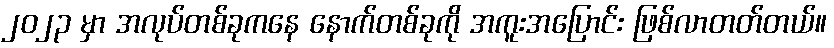
၂၀၂၃ မှာ အလုပ်တစ်ခုကနေ နောက်တစ်ခုကို အကူးအပြောင်း ဖြစ်လာတတ်တယ်။